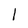
Character: 1